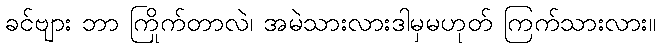
ခင်ဗျား ဘာ ကြိုက်တာလဲ၊ အမဲသားလားဒါမှမဟုတ် ကြက်သားလား။